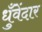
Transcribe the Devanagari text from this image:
धुँवेंदार